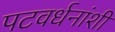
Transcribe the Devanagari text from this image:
पटवर्धनांशी